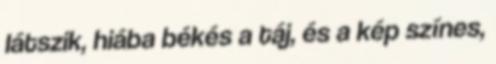
látszik, hiába békés a táj, és a kép színes,